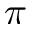
\pi